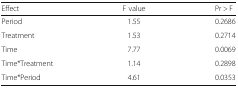
<table><thead><tr><td><b>Effect</b></td><td><b>F value</b></td><td><b>Pr &gt; F</b></td></tr></thead><tbody><tr><td>Period</td><td>1.55</td><td>0.2686</td></tr><tr><td>Treatment</td><td>1.53</td><td>0.2714</td></tr><tr><td>Time</td><td>7.77</td><td>0.0069</td></tr><tr><td>Time*Treatment</td><td>1.14</td><td>0.2898</td></tr><tr><td>Time*Period</td><td>4.61</td><td>0.0353</td></tr></tbody></table>